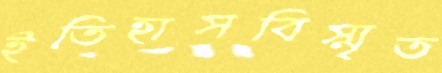
ইতিহাসবিস্মৃত